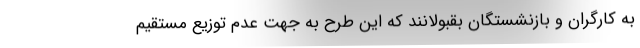
به کارگران و بازنشستگان بقبولانند که این طرح به جهت‌ عدم توزیع مستقیم